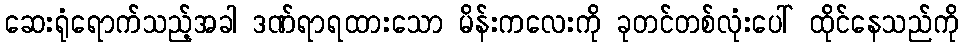
ဆေးရုံရောက်သည့်အခါ ဒဏ်ရာရထားသော မိန်းကလေးကို ခုတင်တစ်လုံးပေါ် ထိုင်နေသည်ကို